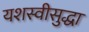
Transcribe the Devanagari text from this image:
यशस्वीसुद्धा